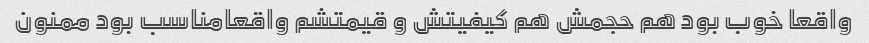
واقعا خوب بود هم حجمش هم کیفیتش و قیمتشم واقعامناسب بود ممنون